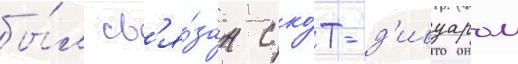
бы́л св'я́зан с ко́т-д'ивуаром